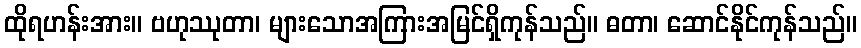
ထိုရဟန်းအား။ ဗဟုဿုတာ၊ များသောအကြားအမြင်ရှိကုန်သည်။ ဓတာ၊ ဆောင်နိုင်ကုန်သည်။